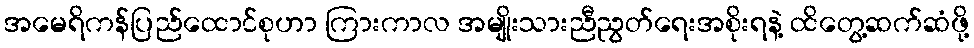
အမေရိကန်ပြည်ထောင်စုဟာ ကြားကာလ အမျိုးသားညီညွတ်ရေးအစိုးရနဲ့ ထိတွေ့ဆက်ဆံဖို့